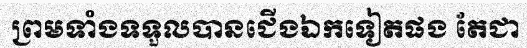
ព្រមទាំងទទួលបានជើងឯកទៀតផង តែជា